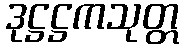
ဒုဋ္ဌဋ္ဌကသုတ္တ